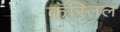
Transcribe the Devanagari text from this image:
कॅस्तिल